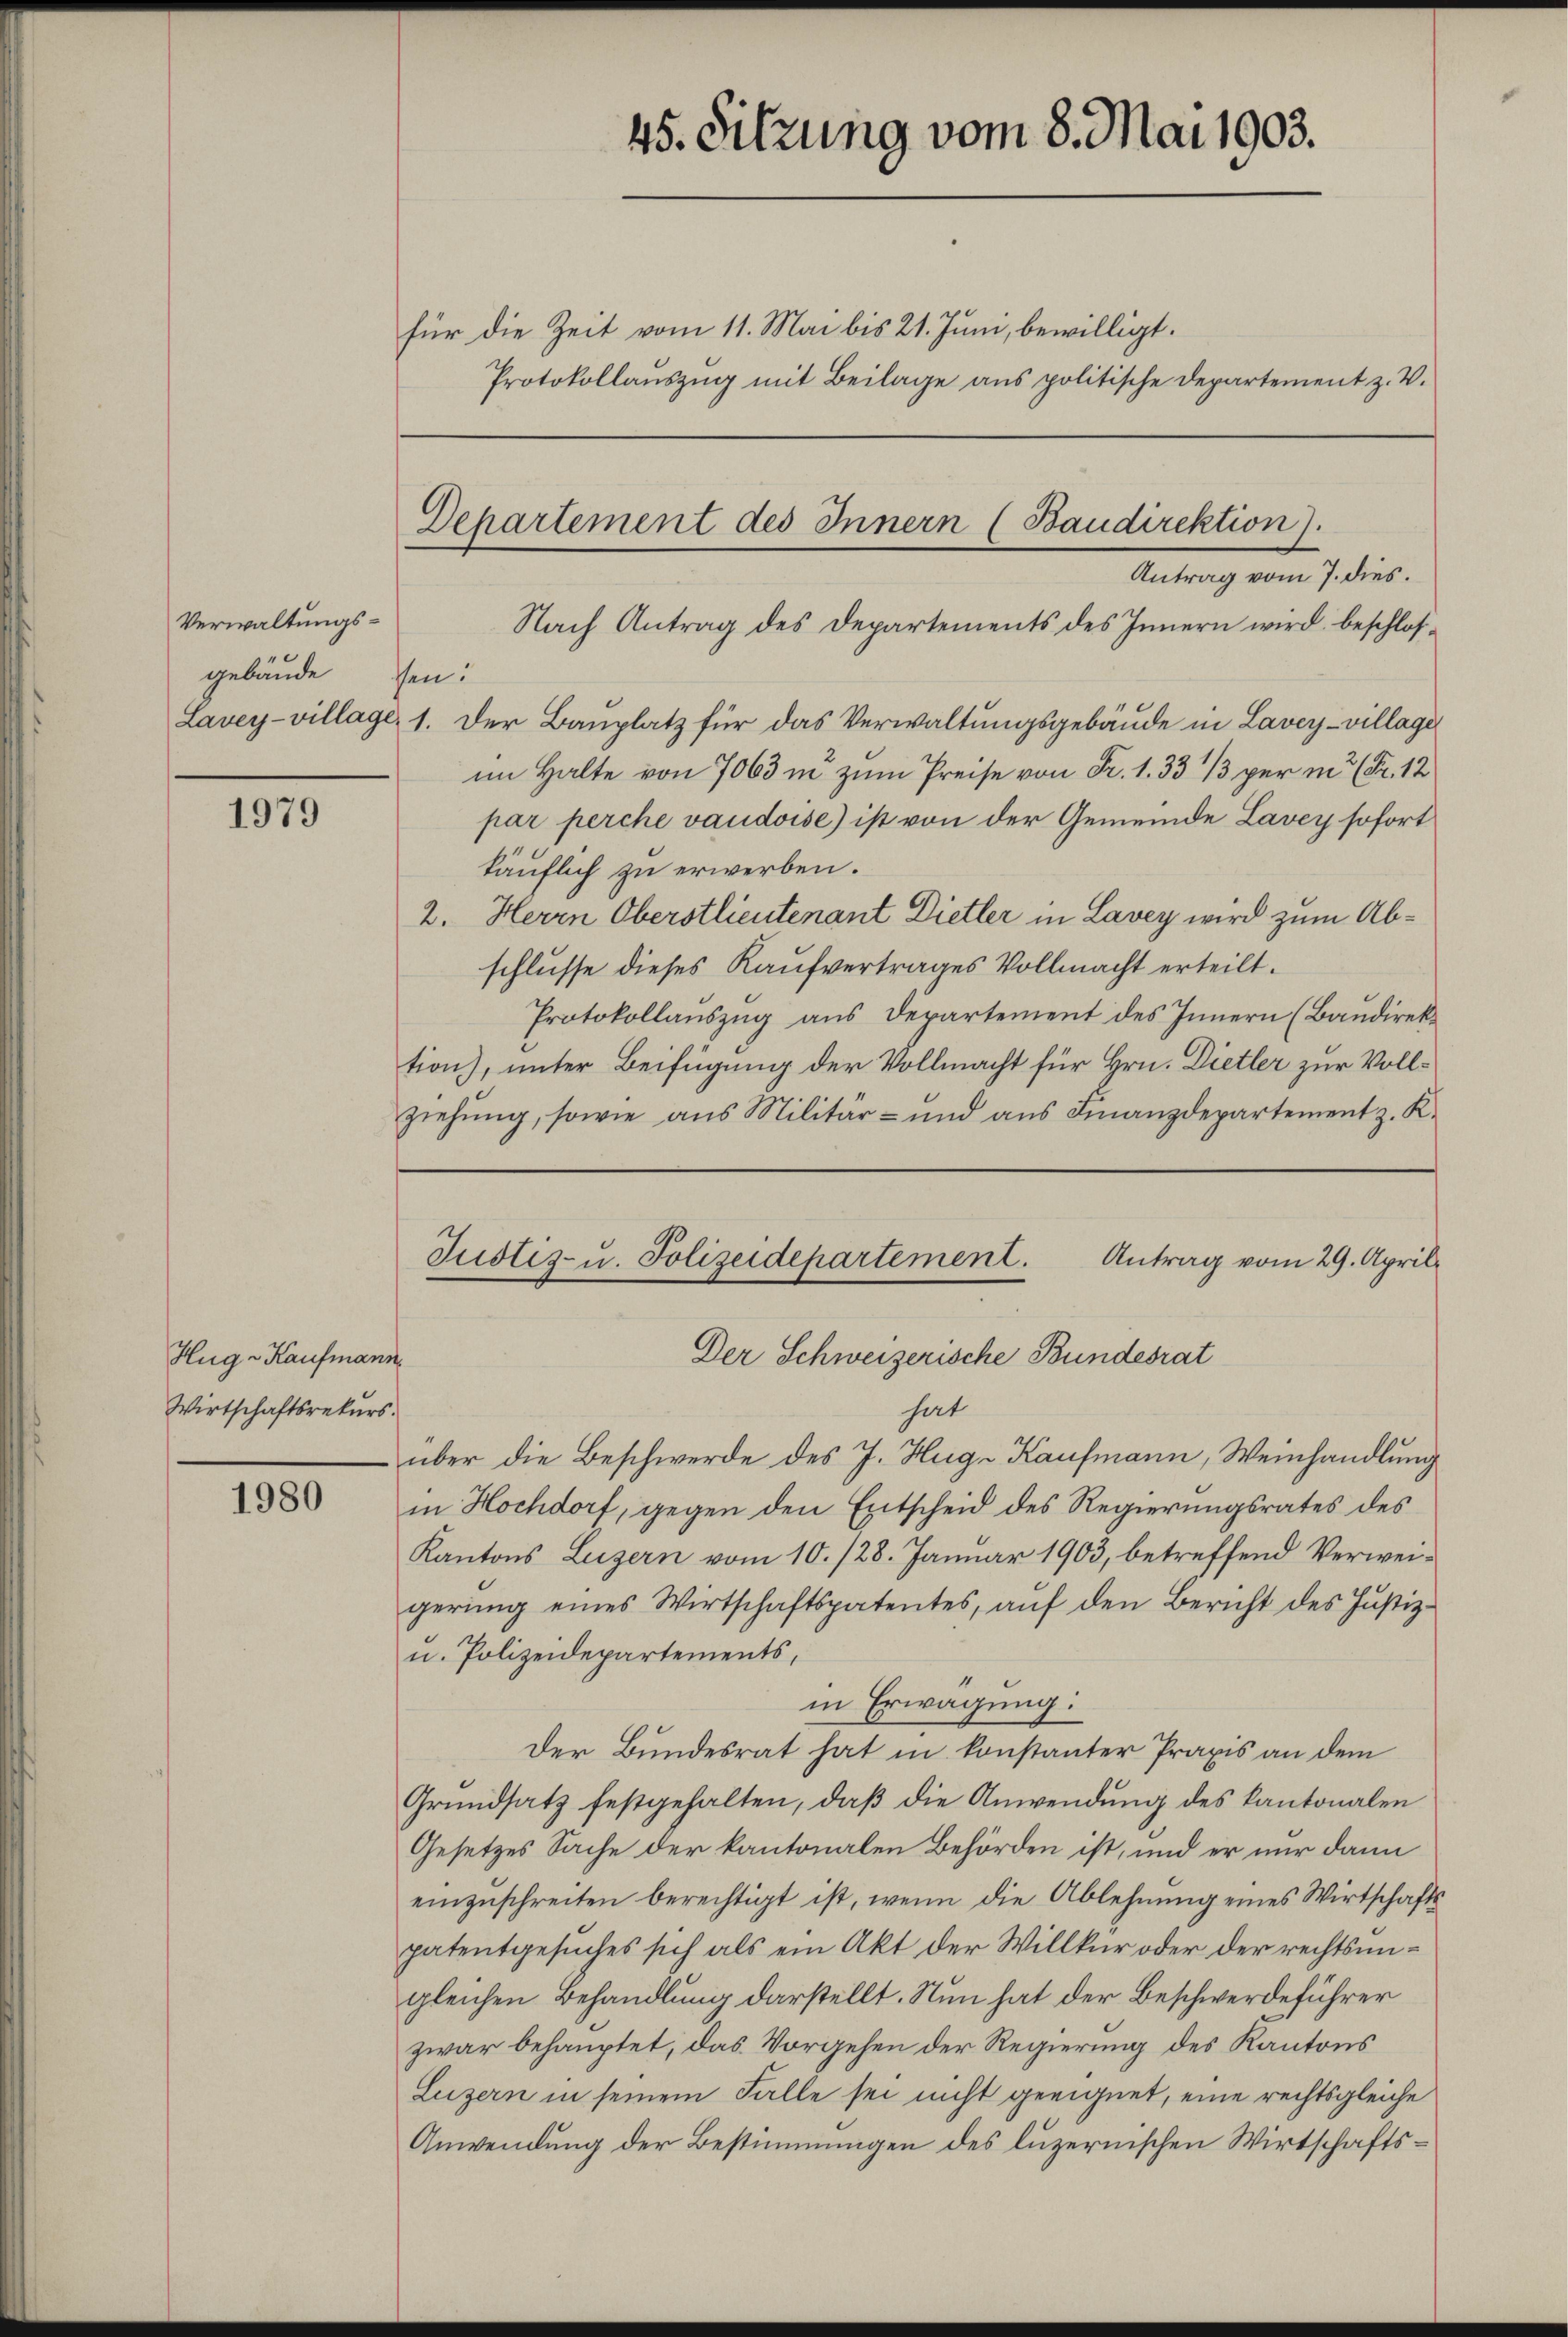
1979

1980

Hug - Kaufmann
Wirtschaftsrekurs.

Verwaltungsgebäude sen:

45. Sitzung vom 8. Mai 1903.
für die Zeit vom 11. Mai bis 21. Juni, bewilligt.
Protokollauszug mit Beilage aus politische Departement z. V.

Departement des Innern (Baudirektion).
Antrag vom 7. dies.
Nach Antrag des Departements des Innern wird beschlos¬

Lavey-village, 1. Der Bauplatz für das Verwaltungsgebäude in Lavey-village
im Halte von 7063 in zum Preise von Fr. 1. 33 1/3 per in (Fr. 12
par perche vaudoise) ist von der Gemeinde Lavey sofort
käuflich zu erwerben.
2. Herrn Oberstlieutenant Dietler in Lavey wird zum Abschlusse dieses Kaufvertrages Vollmacht erteilt.
Protokollauszug aus Departement des Innern (Baudirektion), unter Beifügung der Vollmacht für Hrn. Dietler zur Vollziehung, sowie aus Militär- und aus Finanzdepartement z. K.

hat
über die Beschwerde des J. Hug- Kaufmann, Weinhandlung
in Hochdorf, gegen den Entscheid des Regierungsrates des
Kantons Luzern vom 10. 128. Januar 1903, betreffend Verweigerung eines Wirtschaftspatentes, auf den Bericht des Justiz¬
u. Polizeidepartements,
in Erwägung:
Der Bundesrat hat in konstanter Praxis an dem
Grundsatz festgehalten, daß die Anwendung des kantonalen
Gesetzes Sache der kantonalen Behörden ist, und er nur dann
einzŭschreiten berechtigt ist, wenn die Ablehnung eines Wirtschafts
patentgesuches sich als ein Akt der Willkür oder der rechtsmigleichen Behandlung darstellt. Nun hat der Beschwerdeführer
zwar behauptet, das Vorgehen der Regierung des Kantons
Luzern in seinem Falle sei nicht geeignet, eine rechtsgleiche
Anwendung der Bestimmungen des luzernischen Wirtschafts¬

Justiz- u. Polizeidepartement. Antrag vom 29. April
Der Schweizerische Bundesrat